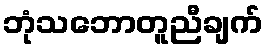
ဘုံသဘောတူညီချက်